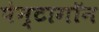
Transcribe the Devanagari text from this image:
पेन्टागॉन